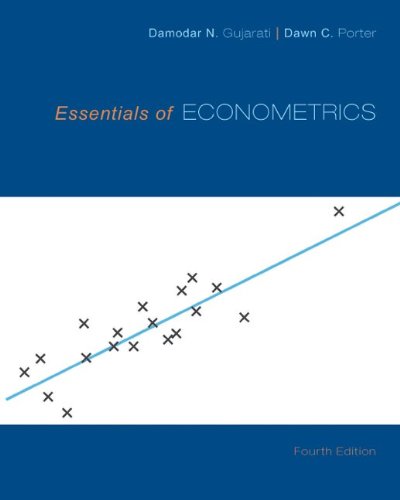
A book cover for Essentials of Econometrics; Damodar Gujarati; Business & Money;